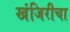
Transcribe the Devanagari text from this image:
खंजिरीचा